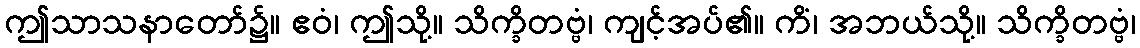
ဤသာသနာတော်၌။ ဧဝံ၊ ဤသို့။ သိက္ခိတဗ္ဗံ၊ ကျင့်အပ်၏။ ကိံ၊ အဘယ်သို့။ သိက္ခိတဗ္ဗံ၊